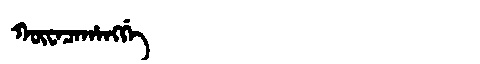
Manchu: ᡴᡡᠸᠠᠴᠠᡥᠠᠩᡤᡝ
Romanization: KŪWACAHANGGE